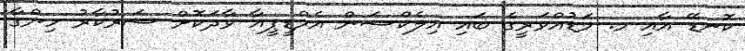
ކޮނޑޭ އާއި މ. މަޑުއްވަރީގެ ބައި އިލެކްޝަން އެމްޑީޕީއާ ވާދަކޮށް ސަރުކާރު ހިންގާ